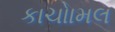
કાચોામલ